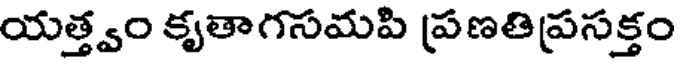
యత్త్వం కృతాగసమపి ప్రణతిప్రసక్తం